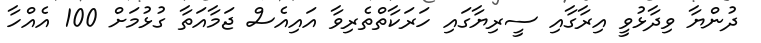
ދުންޔާ ވިދާޅުވީ އިރާގާއި ސީރިޔާގައި ހަރަކާތްތެރިވާ އައިއެސް ޖަމާއަތާ ގުޅުމަށް 100 އެއްހާ